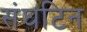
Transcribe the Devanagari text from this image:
संघटिन